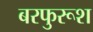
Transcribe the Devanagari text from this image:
बरफुरूश